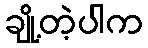
ချို့တဲ့ပါက